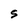
Character: S